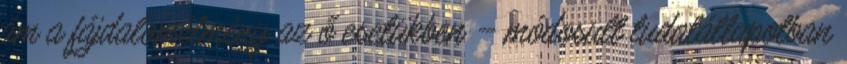
ám a fájdalomélmény az ő esetükben – módosult tudatállapotban